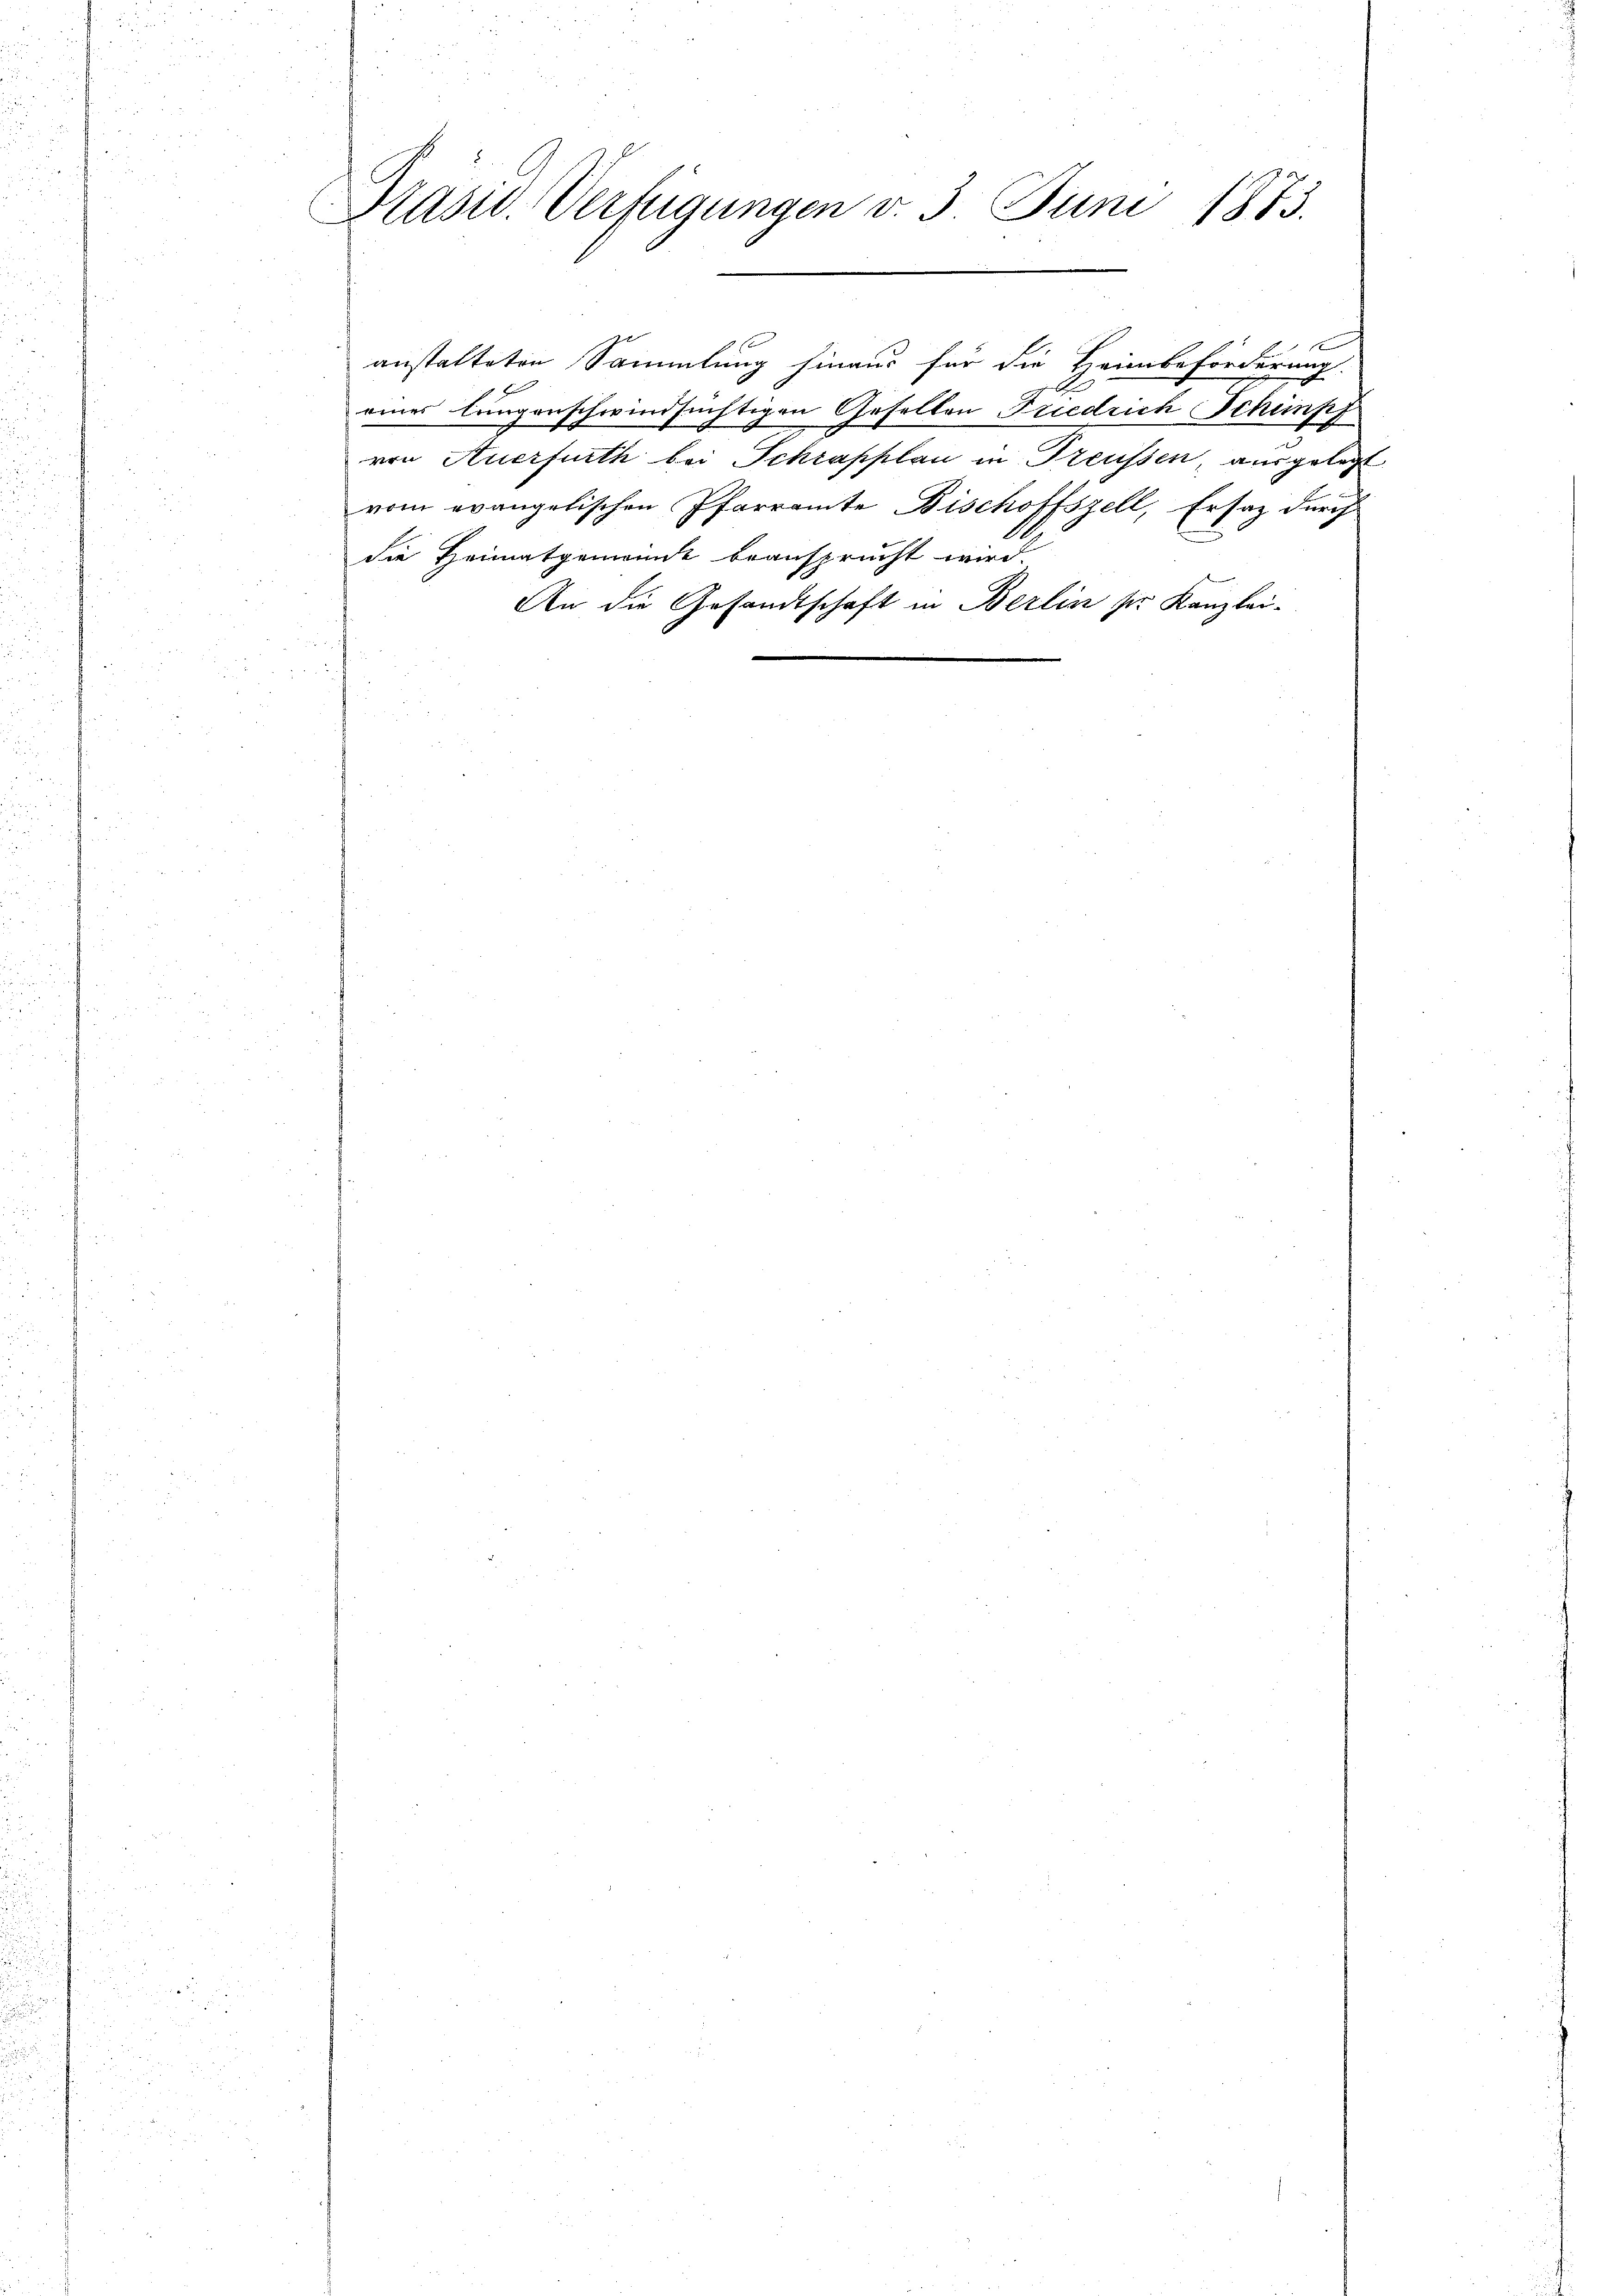
Prasw. Verfügungen v. 3. Juni 1873.

anstalteten Sammlung hinaus für die Heimbeförderung.
eines langenschwindsüchtigen Gesellen Friedrich Schimpf
von Auerfurth bei Schrapplan in Treussen, ausgelegt
vom evangelischen Pfarramte Bischoffszell, Ersatz durch
die Heimatgemeinde beansprucht wird.
An die Gesandtschaft in Berlin ser Kanzlei-